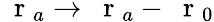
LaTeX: \mathrm{~\mathbf~r~}_{a}\to\mathrm{~\mathbf~r~}_{a}-\mathrm{~\mathbf~r~}_{0}